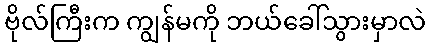
ဗိုလ်ကြီးက ကျွန်မကို ဘယ်ခေါ်သွားမှာလဲ